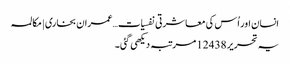
انسان اور اُس کی معاشرتی نفسیات…عمران بخاری | مکالمہ
یہ تحریر 12438 مرتبہ دیکھی گئی۔